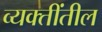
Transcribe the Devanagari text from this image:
व्यक्तींतील